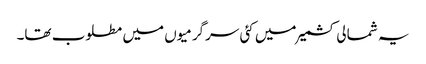
یہ شمالی کشمیر میں کئی سرگرمیوں میں مطلوب تھا۔